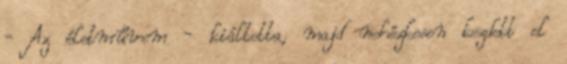
- Az életművem - kiáltotta, majd nehézkesen kezdett el